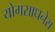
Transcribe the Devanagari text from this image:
योगसाधनेस